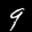
Digit: 9